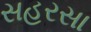
સહરસા